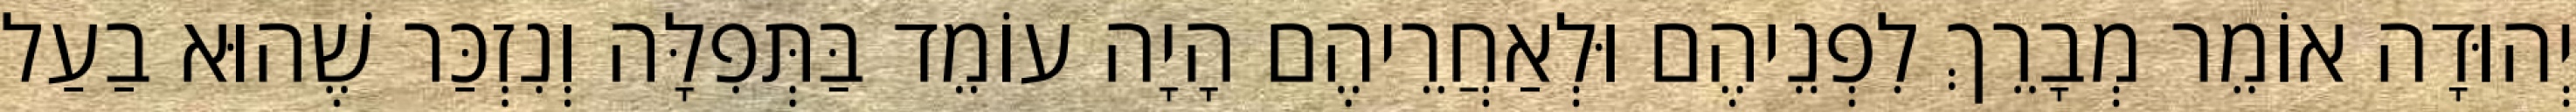
יְהוּדָה אוֹמֵר מְבָרֵךְ לִפְנֵיהֶם וּלְאַחֲרֵיהֶם הָיָה עוֹמֵד בַּתְּפִלָּה וְנִזְכַּר שֶׁהוּא בַעַל